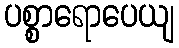
ပစ္စာရောပေယျ